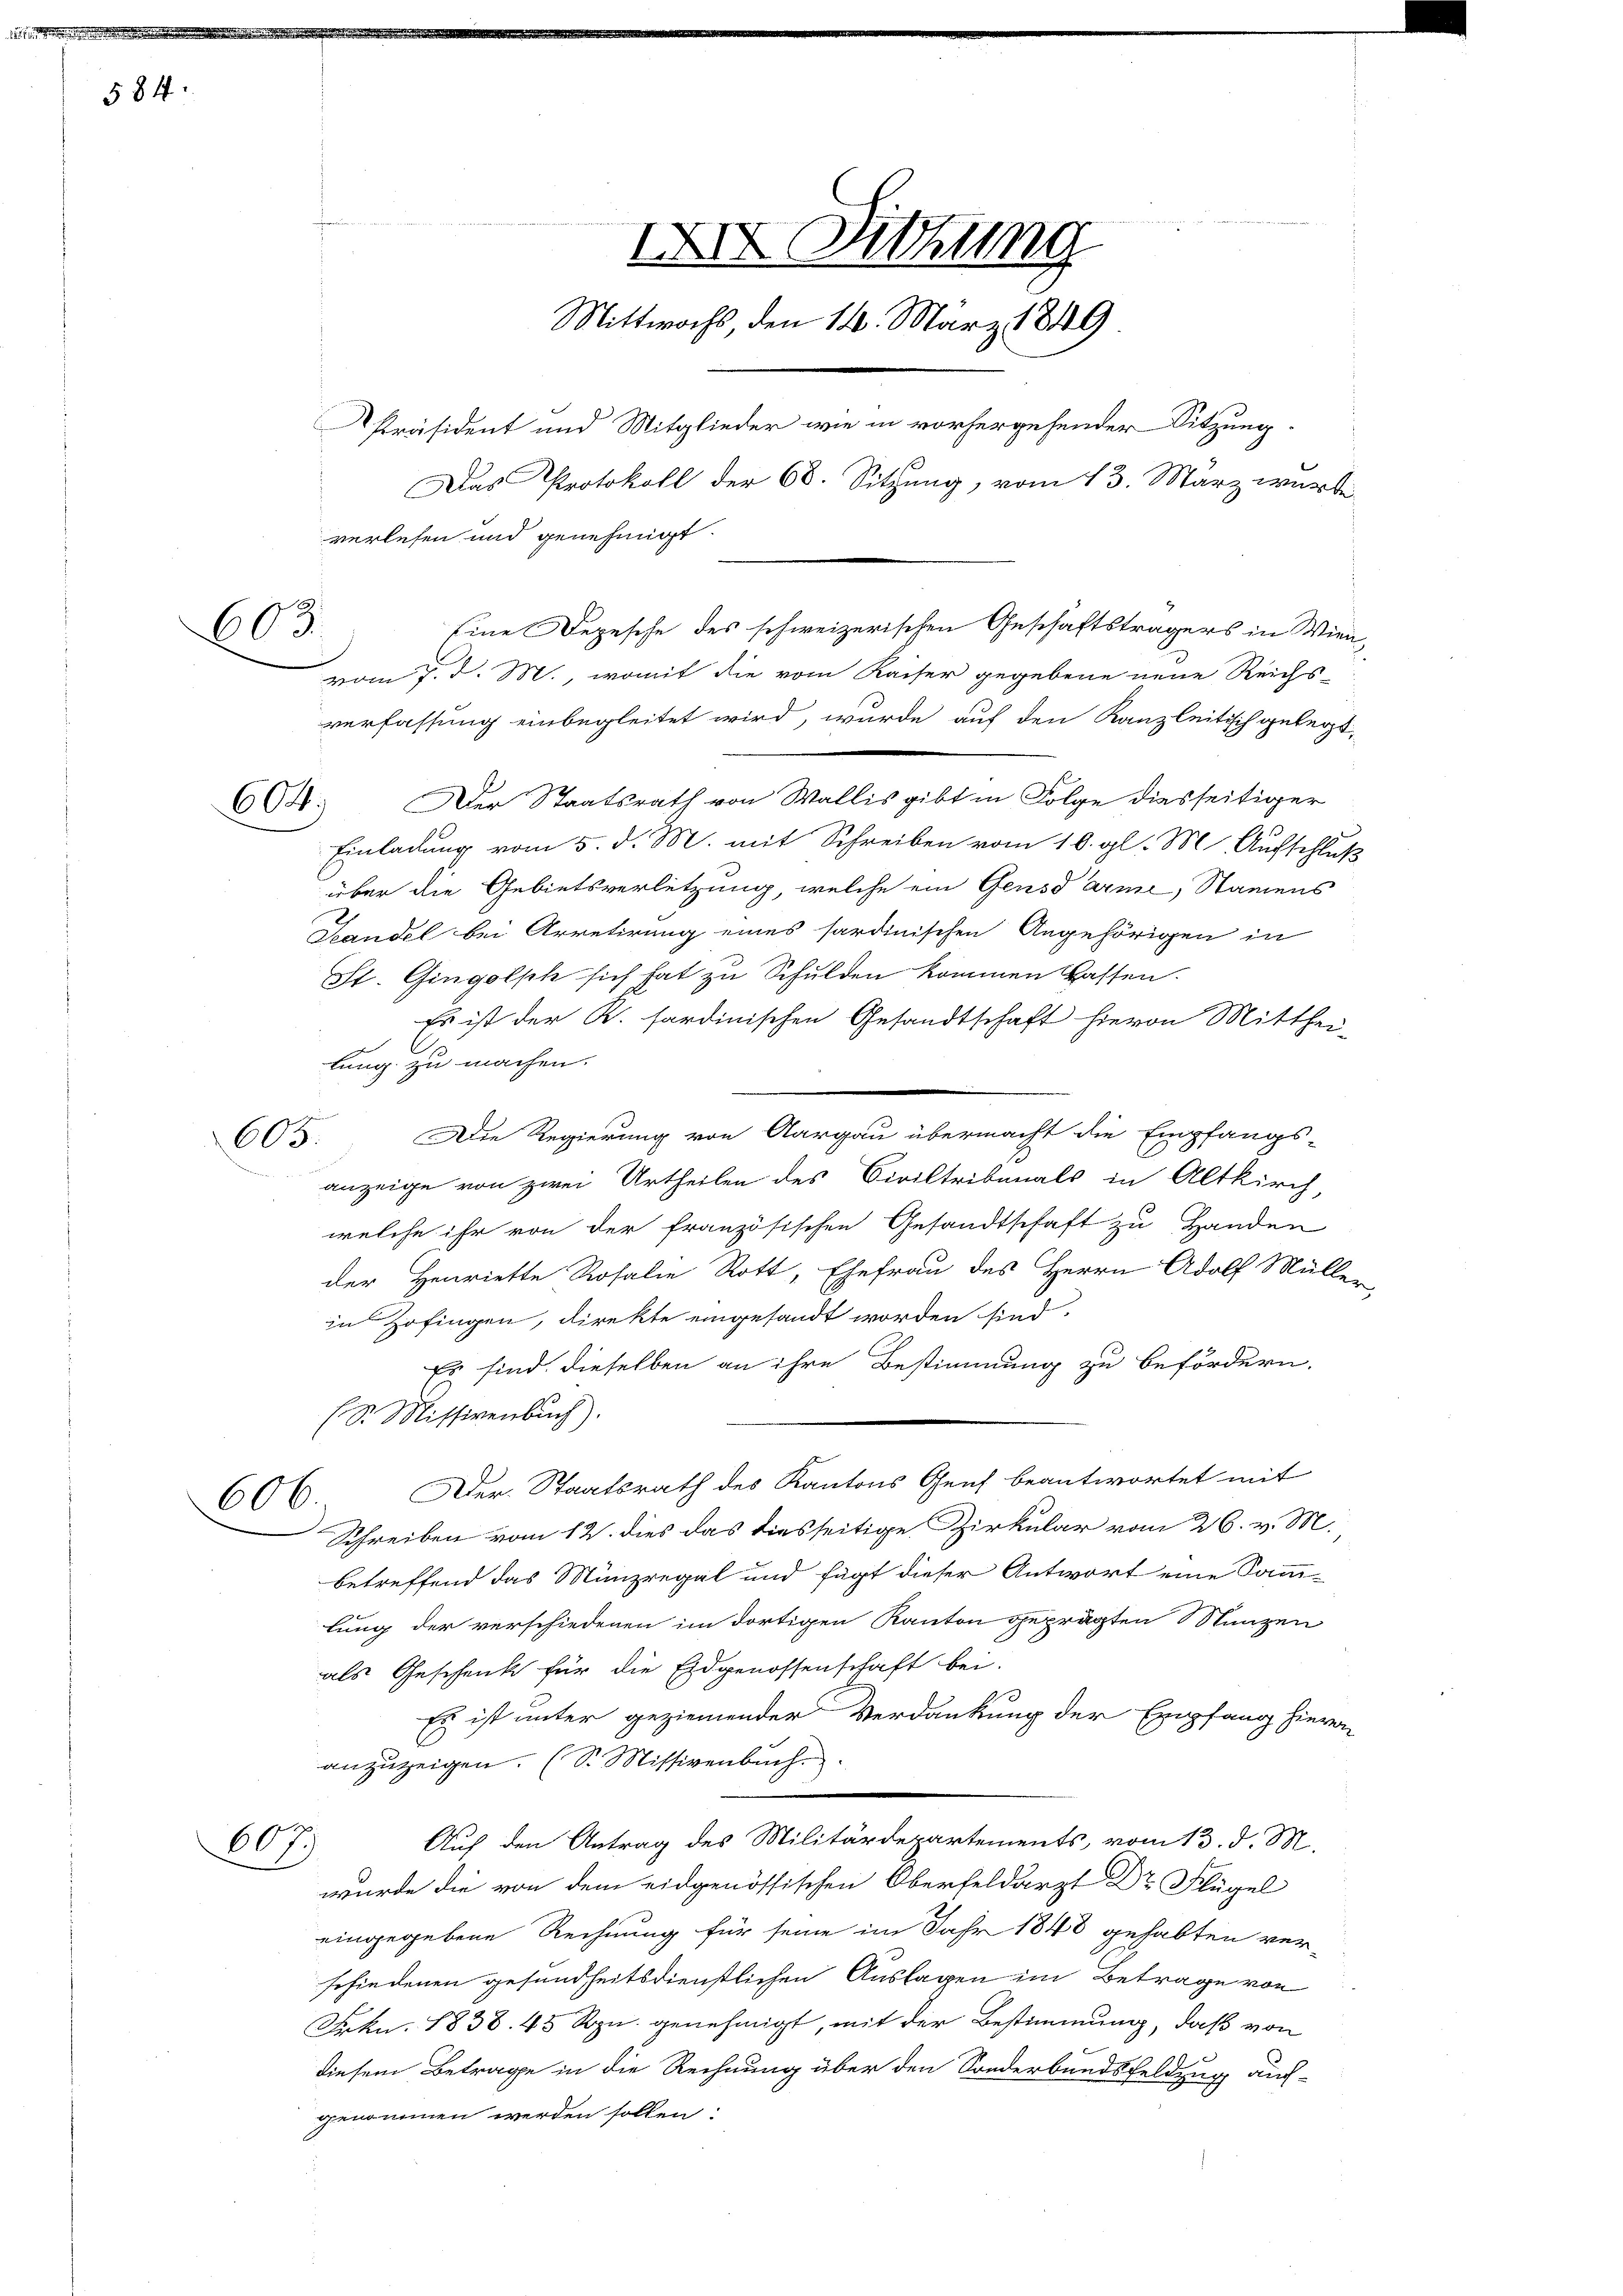
584.

603.

604.

606.

667.

Eine Depesche des schweizerischen Geschäftsträgers in Wien,
vom 7. d. M., womit die vom Kaiser gegebene neue Reichs-
verfassung einbegleitet wird, wurde auf den Kanzleitisch gelegt,
Der Staatsrath von Wallis gibt in Folge diesseitiger
Einladung vom 5. d. M. mit Schreiben vom 16. gl. M. Aufschluß
über die Gebietsverletzung, welche ein Gensdarme, Namens
Handel bei Arretirung eines sardinischen Angehörigen in
St. Gingolph sich hat zu Schulden kommen Cassen.
Es ist der K. sardinischen Gesandtschaft hievon Mitthei-
lung zu machen.
605: Die Regierung von Aargau übermacht die Empfangs-
anzeige von zwei Urtheilen des Civiltribunals in Altkirch
welche ihr von der französischen Gesandtschaft zu Handen
der Henriette Rosalie Rott, Ehefrau des Herrn Adolf Müller
in Zofingen, direkte eingesandt worden sind.
Es sind dieselben an ihre Bestimmung zu befördern.
(S. Missivenbŭch).
Der Staatsrath des Kantons Genf beantwortet mit
Schreiben vom 12. dies das diesseitige Zirkular vom 26. v. M.
betreffend das Münzregal und fügt dieser Antwort eine Samm-
lung der verschiedenen im dortigen Kanton geprägten Stunzen
als Geschenk für die Eidgenossenschaft bei.
Es ist unter geziemender Verdankung der Empfang hievon
anzuzeigen. (S. Missivenbuch.
Auf den Antrag des Militärdepartements, vom 13. d. M.
wurde die von dem eidgenössischen Oberfeldarzt Dr Flügel
eingegebene Rechnung für seine im Jahr 1848 gehabten ver-
schiedenen gesundheitsdienstlichen Auslagen im Betrage von
Frkn. 1838. 45 Rpn. genehmigt, mit der Bestimmung, daß von
diesem Betrage in die Rechnung über den Sonderbandsfeldzug auch-
genommen werden sollen:

IXIV Sitzung
Mittwochs, den 14. März 1849
Präsident und Mitglieder wie in vorhergehender Sitzung.
Das Protokoll der 68. Sitzung, vom 13. März wurde
verlesen und genehmigt.

d